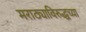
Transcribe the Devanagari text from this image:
मराठ्याविरुद्धच्या